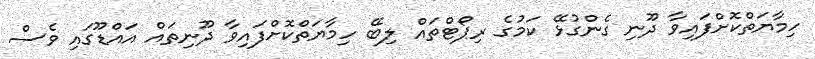
ހިމާޔަތްކޮށްފައިވާ ދޫނި ގެންގުޅޭ ކަމުގެ ރިޕޯޓްތައް ލިބޭ ހިމާޔަތްކޮށްފައިވާ ދޫނިތައް އައްޑޫގައި ވެސް